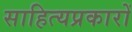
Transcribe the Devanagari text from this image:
साहित्यप्रकारों